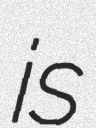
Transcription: is